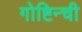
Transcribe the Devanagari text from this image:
गोष्टिन्ची